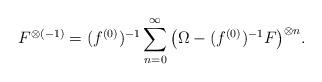
LaTeX: \begin{align*}F^{\otimes(-1)}=(f^{(0)})^{-1}\sum_{n=0}^\infty\big(\Omega-(f^{(0)})^{-1}F\big)^{\otimes n}.\end{align*}